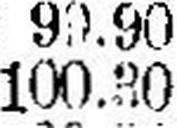
100.30